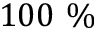
1 0 0 ~ \%